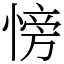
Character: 㥬